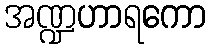
အဏ္ဍဟာရကော